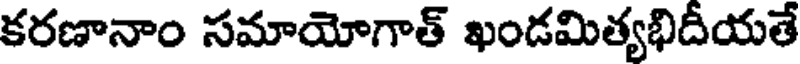
కరణానాం సమాయోగాత్ ఖండమిత్యభిదీయతే